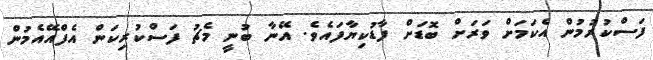
ފަސްކުރުމުން އެކަމަށް ވަރަށް ބޮޑަށް ފާޑުކިޔާފައެވެ. އޭނާ ބުނީ މެޗު ފަސްކުރިކަން އެފްއޭއެމުން